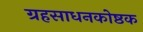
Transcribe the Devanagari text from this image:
ग्रहसाधनकोष्ठक